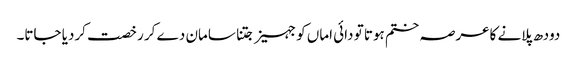
دودھ پلانے کاعرصہ ختم ہوتا تو دائی اماں کو جہیز جتنا سامان دے کر رخصت کردیا جاتا۔